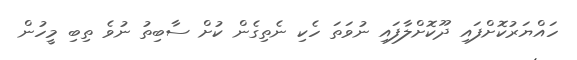
ހައްޔަރުކޮށްފައި ދޫކޮށްލާފައި ނުވަތަ ހެކި ނެތިގެން ކުށް ސާބިތު ނުވެ ތިބި މީހުން